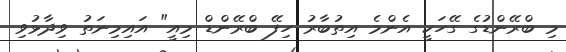
މި ބްރޭންޑުގެ ގޭހަކީ އެންމެ އިތުބާރު ހިފޭ ބްރޭންޑް މިއީ" އައިމިނަތު ވިދާޅުވި